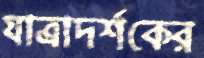
যাত্রাদর্শকের